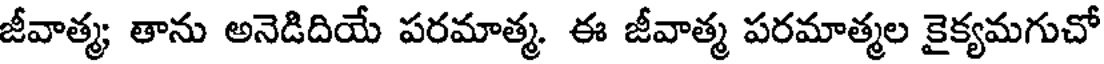
జీవాత్మ; తాను అనెడిదియే పరమాత్మ. ఈ జీవాత్మ పరమాత్మల కైక్యమగుచో